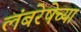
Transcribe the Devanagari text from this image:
लंबरेषेच्या